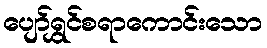
ပျော်ရွှင်စရာကောင်းသော